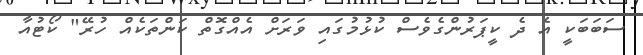
ސަބަބަކީ އެ ދެ ކީޕަރުންގެވެސް ކުޅުމުގައި ވަރަށް އެއްގޮތް ކަންތަކެއް ހުރޭ" ކޯޓުއާ